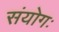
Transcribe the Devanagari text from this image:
संयोगः